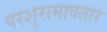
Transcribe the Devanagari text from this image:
परशुरामावतार